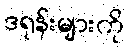
ဒရုန်းများကို